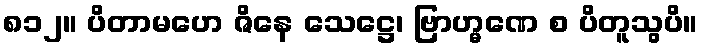
၈၁၂။ ပိတာမဟေ ဇိနေ သေဋ္ဌေ၊ ဗြာဟ္မဏေ စ ပိတူသွပိ။